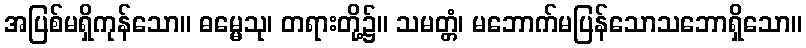
အပြစ်မရှိကုန်သော။ ဓမ္မေသု၊ တရားတို့၌။ သမတ္တံ၊ မဘောက်မပြန်သောသဘောရှိသော။